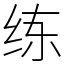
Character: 练